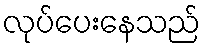
လုပ်ပေးနေသည်